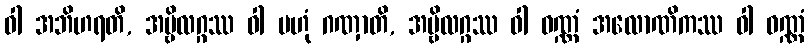
ဝါ အဘိဟရတိ, အမ္ဗိလဂ္ဂဿ ဝါ ဗဟုံ ဂဏှာတိ, အမ္ဗိလဂ္ဂဿ ဝါ ဝဏ္ဏံ အလောဏိကဿ ဝါ ဝဏ္ဏံ